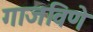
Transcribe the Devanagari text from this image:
गाजविणे